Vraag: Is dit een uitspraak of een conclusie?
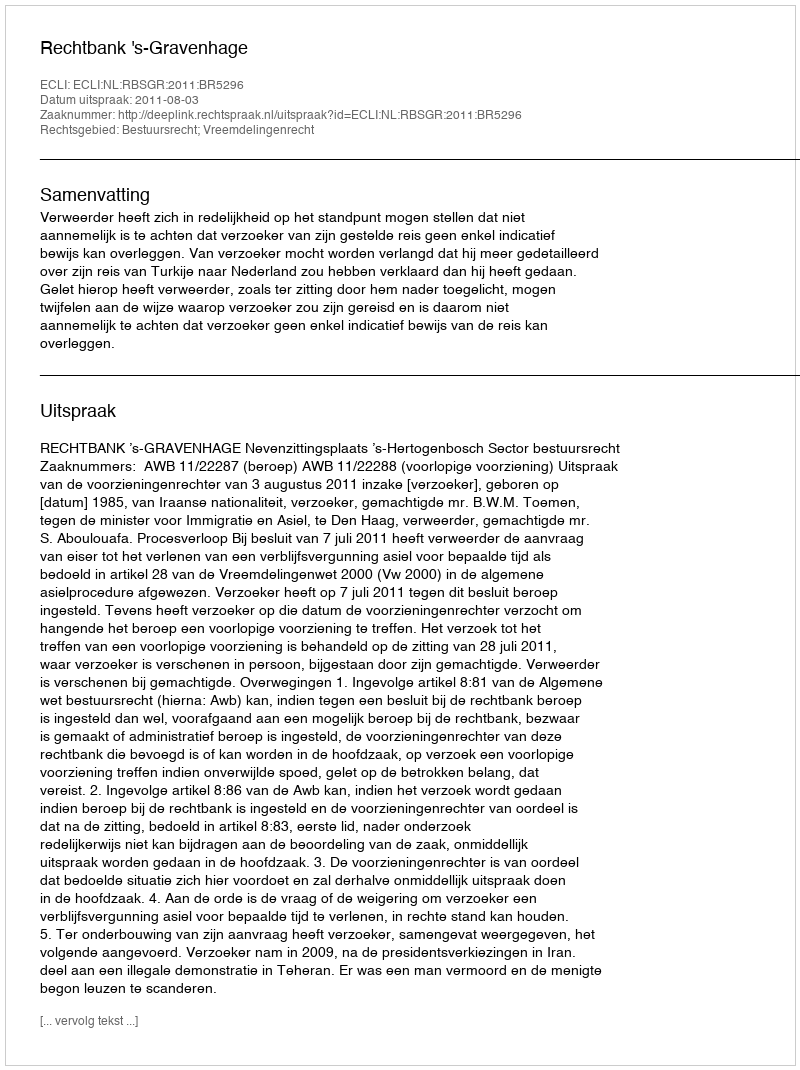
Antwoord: Uitspraak